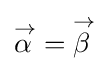
{\overset {\scriptstyle {\rightarrow }}{\alpha \,}}={\overset {\scriptstyle {\rightarrow }}{\beta \,}}